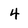
Character: 4